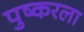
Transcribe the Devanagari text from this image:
पुष्करला